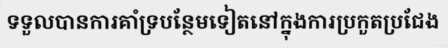
ទទួលបានការគាំទ្របន្ថែមទៀតនៅក្នុងការប្រកួតប្រជែង